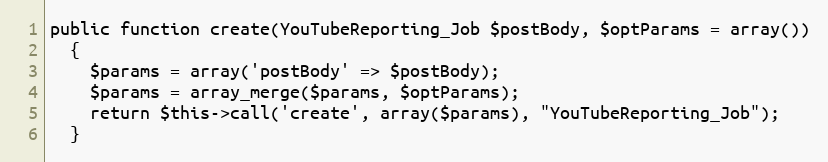
Language: PHP
public function create(YouTubeReporting_Job $postBody, $optParams = array())
  {
    $params = array('postBody' => $postBody);
    $params = array_merge($params, $optParams);
    return $this->call('create', array($params), "YouTubeReporting_Job");
  }